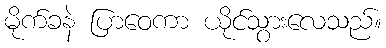
မိုက်ခနဲ ပြာဝေကာ ယိုင်သွားလေသည်။